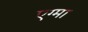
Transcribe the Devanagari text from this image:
एग्मा